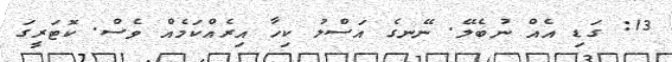
13: ގަޑި އެއް ނުބެލޭ. ނޭނގެ އަސްލު ކިހާ އިރެއްކަމެއް ވެސް. ކޮޓަރީގަ